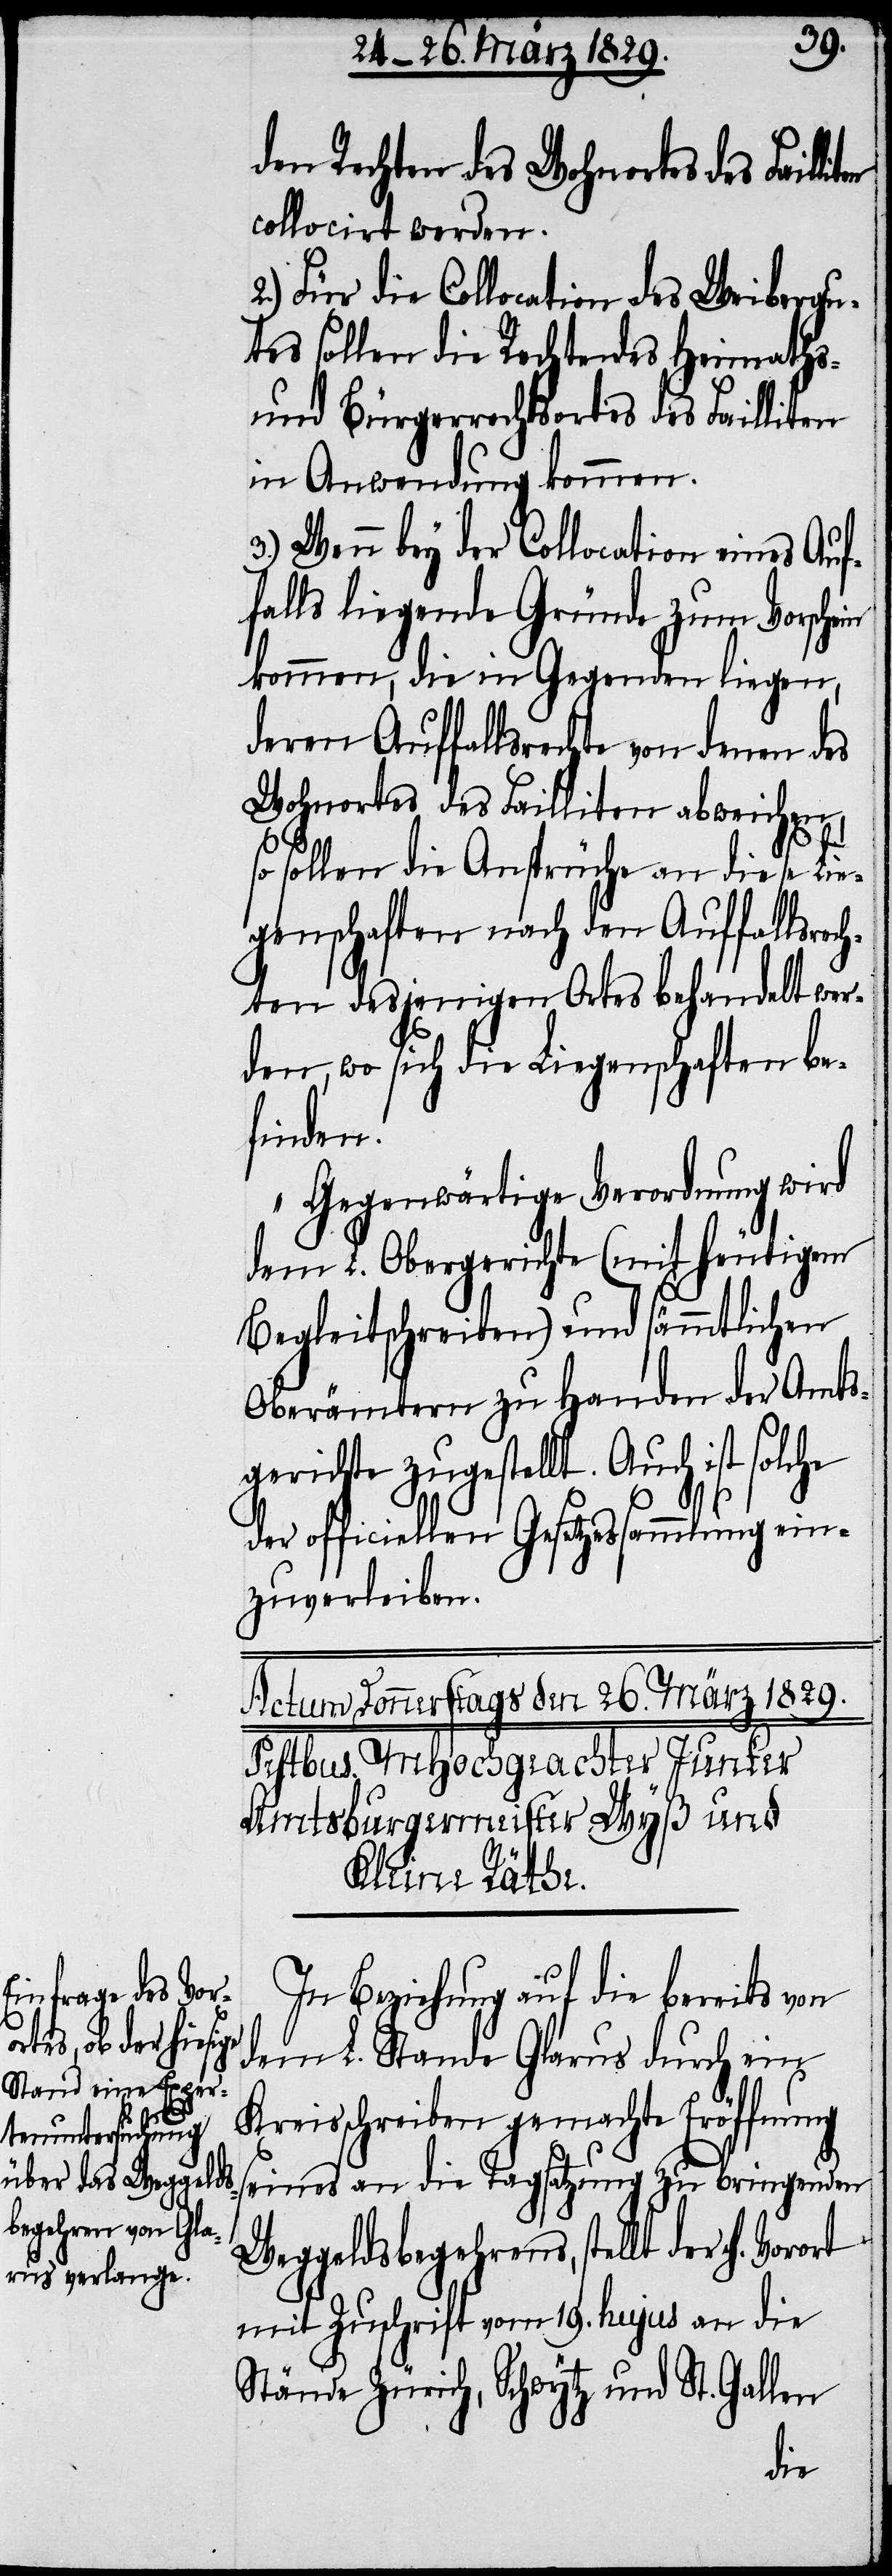
H.

den Rechten des Wohnortes des Fail¬
collocirt werden.
2.) Für die Collocation des Weibergu¬
tes sollen die Rechte des Heimaths-
und Bürgerrechtsortes des Failliten
in Anwendung kommen.
3.) Wenn bey der Collocation eines Auf¬
falls liegende Gründe zum Vorschein
kommen, die in Gegenden liegen,
deren Auffallsrechte von denen des
Wohnortes des Failliten abweichen,
so sollen die Ansprüche an diese Lie¬
genschaften nach den Auffallsre¬
chten desjenigen Ortes behandelt wer¬
den, wo sich die Liegenschaften be¬
finden.“
Gegenwärtige Verordnung wird
dem L. Obergerichte (mit heutigem
Begleitschreiben) und sämmtlichen
Oberämtern zu Handen der Amts¬
gerichte zugestellt. Auch ist solche
der officiellen Gesetzessammlung ein¬
zuverleiben.
In Beziehung auf die bereits von
dem L. Stande Glarus durch ein
Kreisschreiben gemachte Eröffnung
seines an die Tagsatzung zu bringenden
Weggeldsbegehrens, stellt der
mit Zuschrift vom 19. hujus an die
Stände Zürich, Schwytz und St. Gallen